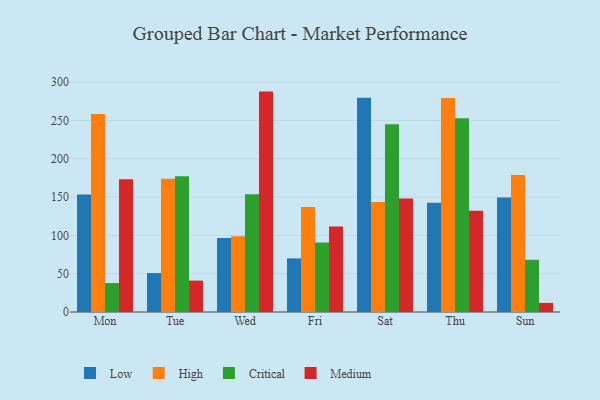
{"axis": {"x": "Day", "y": "Energy Usage (MWh)"}, "legend": ["Critical", "High", "Low", "Medium"], "data": [{"x": "Mon", "y": 153.4, "type": "Low"}, {"x": "Mon", "y": 258.3, "type": "High"}, {"x": "Mon", "y": 37.8, "type": "Critical"}, {"x": "Mon", "y": 173.2, "type": "Medium"}, {"x": "Tue", "y": 50.8, "type": "Low"}, {"x": "Tue", "y": 174.0, "type": "High"}, {"x": "Tue", "y": 177.3, "type": "Critical"}, {"x": "Tue", "y": 41.0, "type": "Medium"}, {"x": "Wed", "y": 96.7, "type": "Low"}, {"x": "Wed", "y": 98.8, "type": "High"}, {"x": "Wed", "y": 153.6, "type": "Critical"}, {"x": "Wed", "y": 287.7, "type": "Medium"}, {"x": "Fri", "y": 70.0, "type": "Low"}, {"x": "Fri", "y": 136.9, "type": "High"}, {"x": "Fri", "y": 90.7, "type": "Critical"}, {"x": "Fri", "y": 111.5, "type": "Medium"}, {"x": "Sat", "y": 279.6, "type": "Low"}, {"x": "Sat", "y": 143.6, "type": "High"}, {"x": "Sat", "y": 245.2, "type": "Critical"}, {"x": "Sat", "y": 148.1, "type": "Medium"}, {"x": "Thu", "y": 142.5, "type": "Low"}, {"x": "Thu", "y": 279.5, "type": "High"}, {"x": "Thu", "y": 253.0, "type": "Critical"}, {"x": "Thu", "y": 132.2, "type": "Medium"}, {"x": "Sun", "y": 149.5, "type": "Low"}, {"x": "Sun", "y": 178.8, "type": "High"}, {"x": "Sun", "y": 68.2, "type": "Critical"}, {"x": "Sun", "y": 11.9, "type": "Medium"}]}